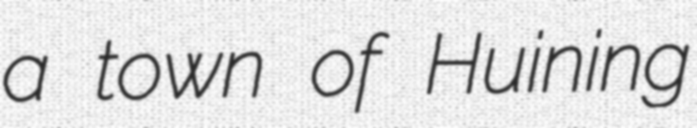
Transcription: a town of Huining